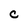
Character: C